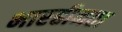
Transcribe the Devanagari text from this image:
भारहीनता